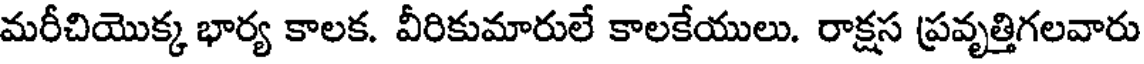
మరీచియొక్క భార్య కాలక. వీరికుమారులే కాలకేయులు. రాక్షస ప్రవృత్తిగలవారు